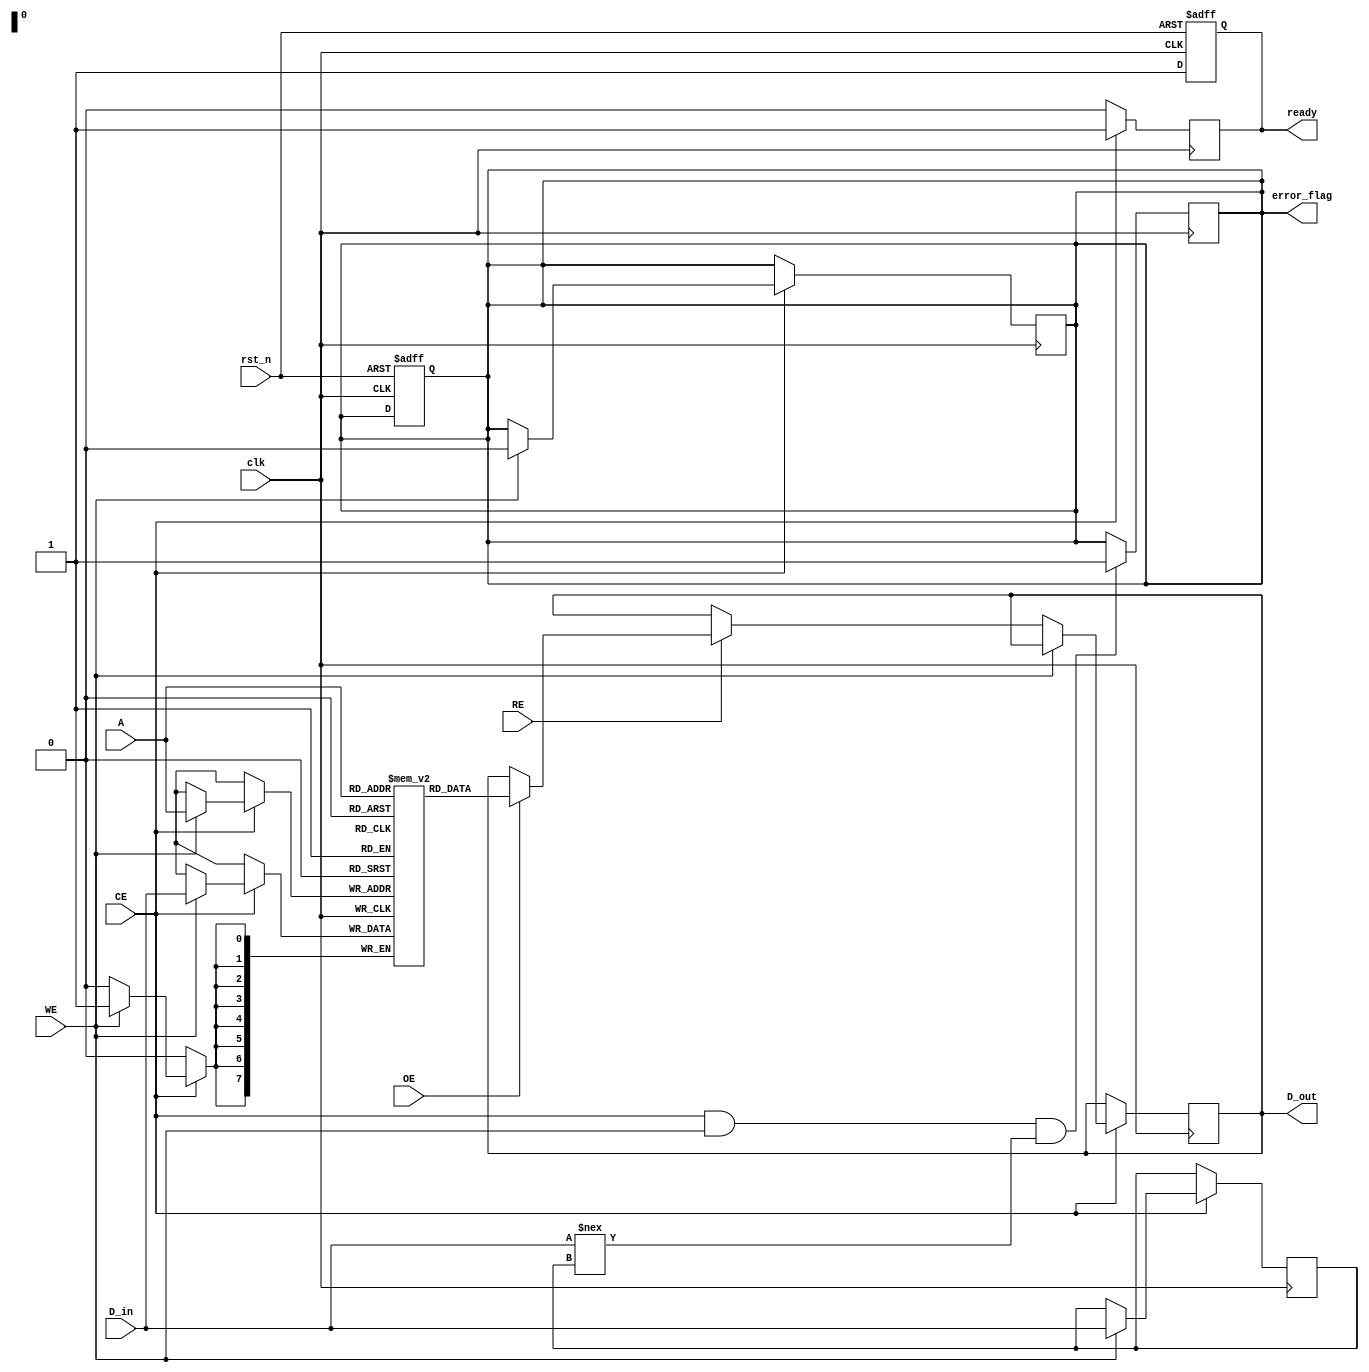
module SLC_EEPROM_IO_Block (
    input wire clk,                // System clock
    input wire rst_n,              // Active low reset
    input wire CE,                 // Chip Enable
    input wire WE,                 // Write Enable
    input wire RE,                 // Read Enable
    input wire OE,                 // Output Enable
    input wire [7:0] D_in,         // Data input bus
    output reg [7:0] D_out,        // Data output bus
    input wire [7:0] A,            // Address bus
    output reg ready,              // Ready status
    output reg error_flag          // Error flag
);

    // Memory array (for simplicity, using a small size)
    reg [7:0] memory_array [0:255]; // 256 bytes of memory
    reg [7:0] data_latch;           // Data latch for write operations
    reg power_on_reset;             // Power-on reset flag

    // Power Management
    always @(posedge clk or negedge rst_n) begin
        if (!rst_n) begin
            power_on_reset <= 1;
            ready <= 0;
            error_flag <= 0;
        end else begin
            power_on_reset <= 0;
            ready <= 1; // Device is ready after reset
        end
    end

    // Read and Write Operations
    always @(posedge clk) begin
        if (CE) begin
            if (WE) begin
                // Write Operation
                memory_array[A] <= D_in; // Store data in memory
                data_latch <= D_in;       // Latch the written data
                error_flag <= 0;          // Reset error flag
            end else if (RE) begin
                // Read Operation
                if (OE) begin
                    D_out <= memory_array[A]; // Output data from memory
                end
            end
        end
    end

    // Error Detection (simple example)
    always @(posedge clk) begin
        if (CE && WE && (D_in !== data_latch)) begin
            error_flag <= 1; // Set error flag if written data doesn't match latch
        end
    end

    // Idle Mode Control
    always @(posedge clk) begin
        if (!CE) begin
            ready <= 0; // Device is not ready when CE is inactive
        end else begin
            ready <= 1; // Device is ready when CE is active
        end
    end

endmodule